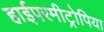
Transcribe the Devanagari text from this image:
हाईपरमीट्रोपिया